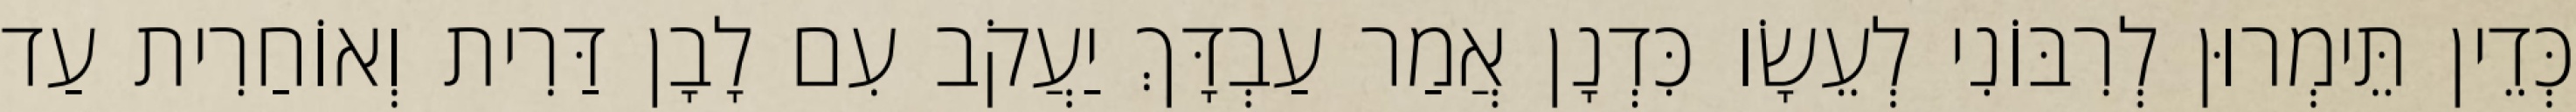
כְּדֵין תֵּימְרוּן לְרִבּוֹנִי לְעֵשָׂו כִּדְנָן אֲמַר עַבְדָּךְ יַעֲקֹב עִם לָבָן דַּרִית וְאוֹחַרִית עַד